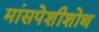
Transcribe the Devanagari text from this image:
मांसपेशीशोथ